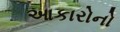
આકારોનો